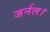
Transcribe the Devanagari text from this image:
जर्नल।